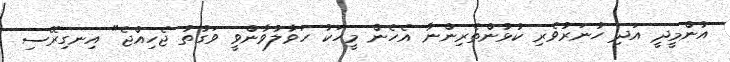
އުންމީދީ އަދި ހުނަރުވެރި ކުޅުންތެރިންނާ އެހެން މީހަކު ހަވާލުވާންވީ ވަގުތު ޖެހިއްޖެ" އިނގިރޭސި